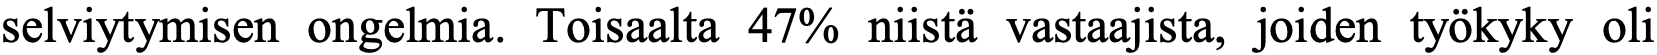
selviytymisen ongelmia. Toisaalta 47% niistä vastaajista, joiden työkyky oli